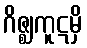
ဂိဇ္ဈကူဋမှိ